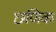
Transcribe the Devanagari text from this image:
छणिक